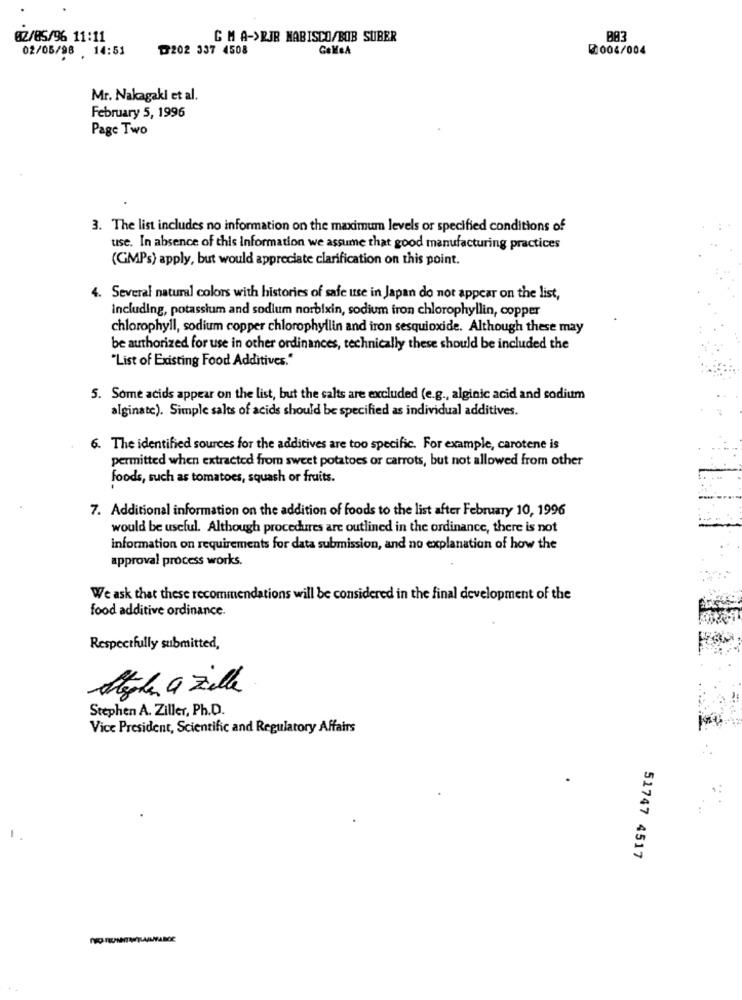
02/05/96 11:11
G M A->RJR NABISCO/BOB SUBER
883
02/05/98 14:51
₸202 337 4508
GekeA
2004/004
Mr. Nakagaki et al.
February 5, 1996
Page Two
3. The list includes no information on the maximum levels or specified conditions of
use. In absence of this information we assume that good manufacturing practices
(GMPs) apply, but would appreciate clarification on this point.
4. Several natural colors with histories of safe use in Japan do not appear on the list,
including, potassium and sodium norbixin, sodium fron chlorophyllin, copper
chlorophyll, sodium copper chlorophyllin and iron sesquioxide. Although these may
be authorized for use in other ordinances, technically these should be included the
"List of Existing Food Additives."
5. Some acids appear on the list, but the salts are excluded (e.g ., alginic acid and sodium
alginate). Simple salts of acids should be specified as individual additives.
6. The identified sources for the additives are too specific. For example, carotene is
permitted when extracted from sweet potatoes or carrots, but not allowed from other
foods, such as tomatoes, squash or fruits.
7. Additional information on the addition of foods to the list after February 10, 1996
would be useful. Although procedures are outlined in the ordinance, there is not
information on requirements for data submission, and no explanation of how the
approval process works.
We ask that these recommendations will be considered in the final development of the
food additive ordinance.
Respectfully submitted,
Style a Zilla
Stephen A. Ziller, Ph.D.
Vice President, Scientific and Regulatory Affairs
51747 4517